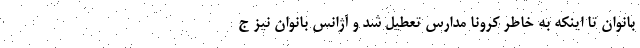
بانوان تا اینکه به خاطر کرونا مدارس تعطیل شد و آژانس بانوان نیز ج